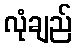
လုံချည်